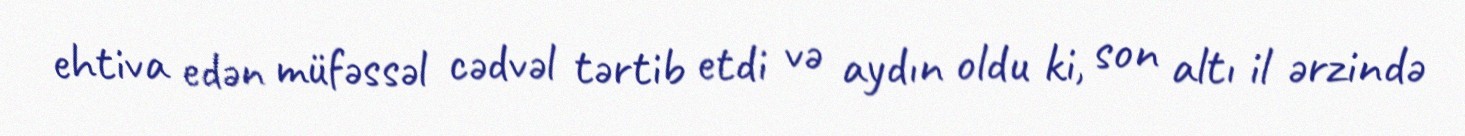
ehtiva edən müfəssəl cədvəl tərtib etdi və aydın oldu ki, son altı il ərzində